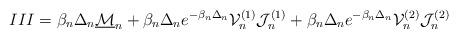
LaTeX: \begin{align*}III & = \beta_n\Delta_n \underline{\mathcal M}_n + \beta_n\Delta_n e^{-\beta_n \Delta_n}\mathcal V_n^{(1)}\mathcal J_n^{(1)}+\beta_n\Delta_ne^{-\beta_n \Delta_n}\mathcal V_n^{(2)}\mathcal J_n^{(2)}\end{align*}